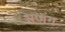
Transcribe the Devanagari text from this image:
भणंग